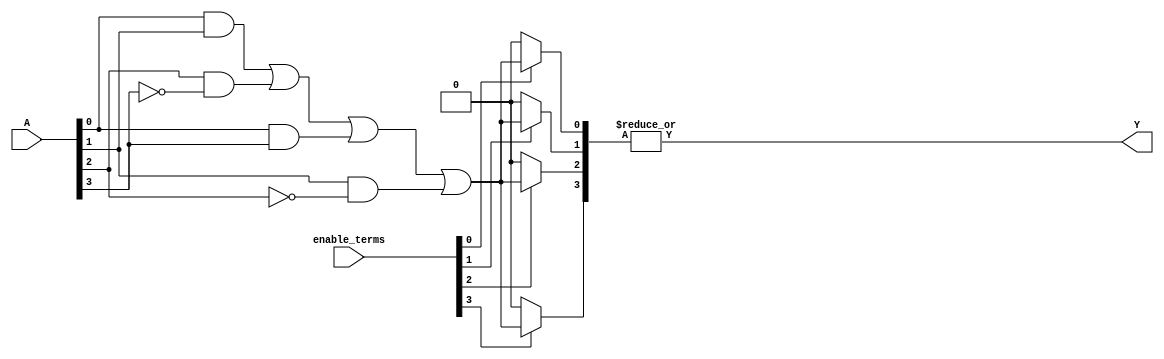
module GPAL #(
    parameter NUM_INPUTS = 4,   // Number of inputs (A1, A2, ..., An)
    parameter NUM_TERMS = 4,     // Number of product terms (P1, P2, ..., Pm)
    parameter NUM_OUTPUTS = 1     // Number of outputs (Y1, Y2, ..., Yp)
)(
    input wire [NUM_INPUTS-1:0] A,          // Input vector A (A1 to An)
    input wire [NUM_TERMS-1:0] enable_terms, // Control signals for enabling product terms
    output wire [NUM_OUTPUTS-1:0] Y          // Output vector Y (Y1 to Yp)
);

// Intermediate product term signals
wire [NUM_TERMS-1:0] P;

// AND array implementation
generate
    genvar i;
    for (i = 0; i < NUM_TERMS; i = i + 1) begin : and_terms
        // Example logic: Each P[i] can be programmed by setting `enable_terms[i]`
        // This example uses a simple AND of a subset of inputs.
        // Modify logic based on specific requirements for each product term.
        assign P[i] = (enable_terms[i]) ? 
                       (A[0] & A[1]) | // P1 as A1 AND A2
                       (A[2] & ~A[3]) | // P2 as A3 AND NOT A4
                       (A[0] & A[3]) | // P3 as A1 AND A4
                       (A[1] & ~A[2]) : // P4 as A2 AND NOT A3
                       1'b0; // If disabled, output 0
    end
endgenerate

// OR array implementation (fixed)
assign Y[0] = |P; // Simple OR of all product terms

endmodule